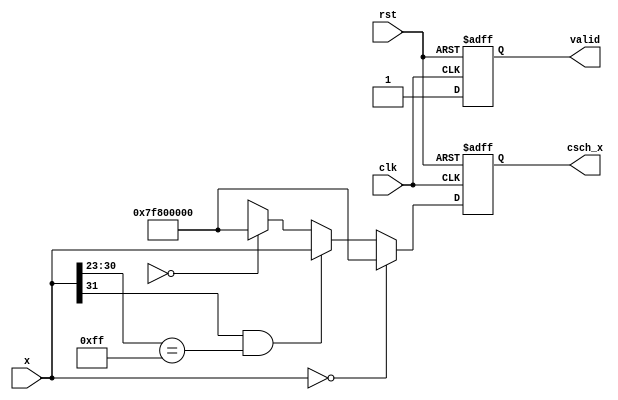
module hyperbolic_cosecant (
    input wire clk,
    input wire rst,
    input wire [31:0] x,           // Floating-point input (IEEE 754)
    output reg [31:0] csch_x,      // Floating-point output (IEEE 754)
    output reg valid                // Output valid signal
);

    // Internal signals
    wire [31:0] exp_x;             // e^x
    wire [31:0] exp_neg_x;         // e^(-x)
    wire [31:0] sinh_x;            // sinh(x)
    wire [31:0] sinh_x_inv;        // 1/sinh(x)

    // Special case handling
    always @(posedge clk or posedge rst) begin
        if (rst) begin
            csch_x <= 32'b0;
            valid <= 1'b0;
        end else begin
            // Check if x is 0 (csch(0) is undefined, return infinity)
            if (x == 32'b0) begin
                csch_x <= 32'h7F800000; // +Infinity in IEEE 754
                valid <= 1'b1;
            end else if (x[31] == 1'b1 && x[30:23] == 8'hFF) begin
                // Check for NaN or Infinity input cases
                csch_x <= x; // Propagate NaN or Infinity
                valid <= 1'b1;
            end else begin
                // Calculate sinh(x)
                compute_sinh(x, sinh_x);

                // Avoid division by zero
                if (sinh_x == 32'b0) begin
                    csch_x <= 32'h7F800000; // Return +Infinity if sinh(x) is 0
                end else begin
                    // Calculate 1/sinh(x)
                    compute_division(32'h3F800000, sinh_x, sinh_x_inv); // 1/sinh(x)
                    csch_x <= sinh_x_inv;
                end
                valid <= 1'b1;
            end
        end
    end

    // Submodule to compute e^x and e^(-x)
    task compute_exponent(input [31:0] value, output [31:0] exp_result);
        // Implement your exponentiation logic here (e.g., using Taylor series or lookup table)
    endtask

    // Submodule to compute sinh(x) = (e^x - e^(-x)) / 2
    task compute_sinh(input [31:0] value, output [31:0] sinh_result);
        wire [31:0] exp_x, exp_neg_x;

        // Calculate e^x and e^(-x)
        compute_exponent(value, exp_x);
        compute_exponent(-value, exp_neg_x);

        // sinh(x) = (e^x - e^(-x)) / 2
        compute_subtraction(exp_x, exp_neg_x, sinh_result); // e^x - e^(-x)
        sinh_result <= sinh_result >> 1; // Divide by 2 (right shift for IEEE 754)
    endtask

    // Division task to compute 1 / sinh_x
    task compute_division(input [31:0] numerator, input [31:0] denominator, output [31:0] result);
        // Implement your division logic here
    endtask

    // Subtract task to compute a - b
    task compute_subtraction(input [31:0] a, input [31:0] b, output [31:0] result);
        // Implement your subtraction logic here
    endtask
endmodule